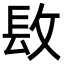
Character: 𨱝